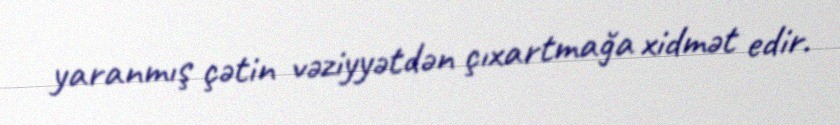
yaranmış çətin vəziyyətdən çıxartmağa xidmət edir.